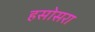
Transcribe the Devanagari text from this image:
हसोसरा